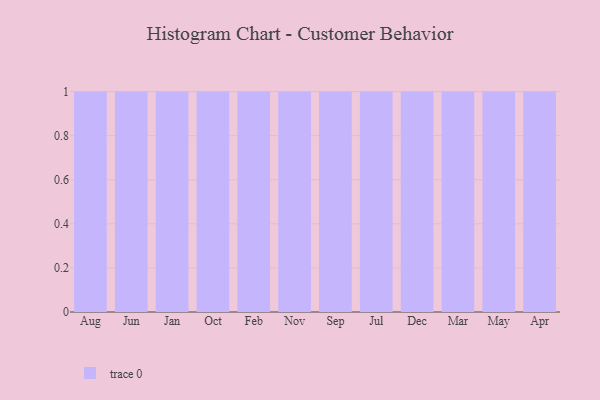
{"axis": {"x": "Month", "y": "Latency (ms)"}, "legend": [""], "data": [{"x": "Aug", "y": 64, "type": ""}, {"x": "Jun", "y": 89, "type": ""}, {"x": "Jan", "y": 53, "type": ""}, {"x": "Oct", "y": 30, "type": ""}, {"x": "Feb", "y": 97, "type": ""}, {"x": "Nov", "y": 90, "type": ""}, {"x": "Sep", "y": 6, "type": ""}, {"x": "Jul", "y": 87, "type": ""}, {"x": "Dec", "y": 13, "type": ""}, {"x": "Mar", "y": 41, "type": ""}, {"x": "May", "y": 69, "type": ""}, {"x": "Apr", "y": 50, "type": ""}]}